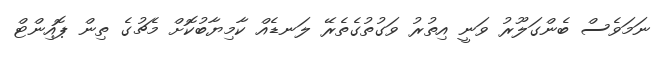
ނަމަވެސް ބެންގަލޫރު ވަނީ އިތުރު ވަގުތުގެތެރޭ ލަނޑެއް ކާމިޔާބުކޮށް މެޗުގެ ތިން ޕޮއިންޓް